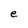
Character: e